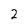
Character: 2